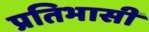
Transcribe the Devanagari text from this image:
प्रतिभासी